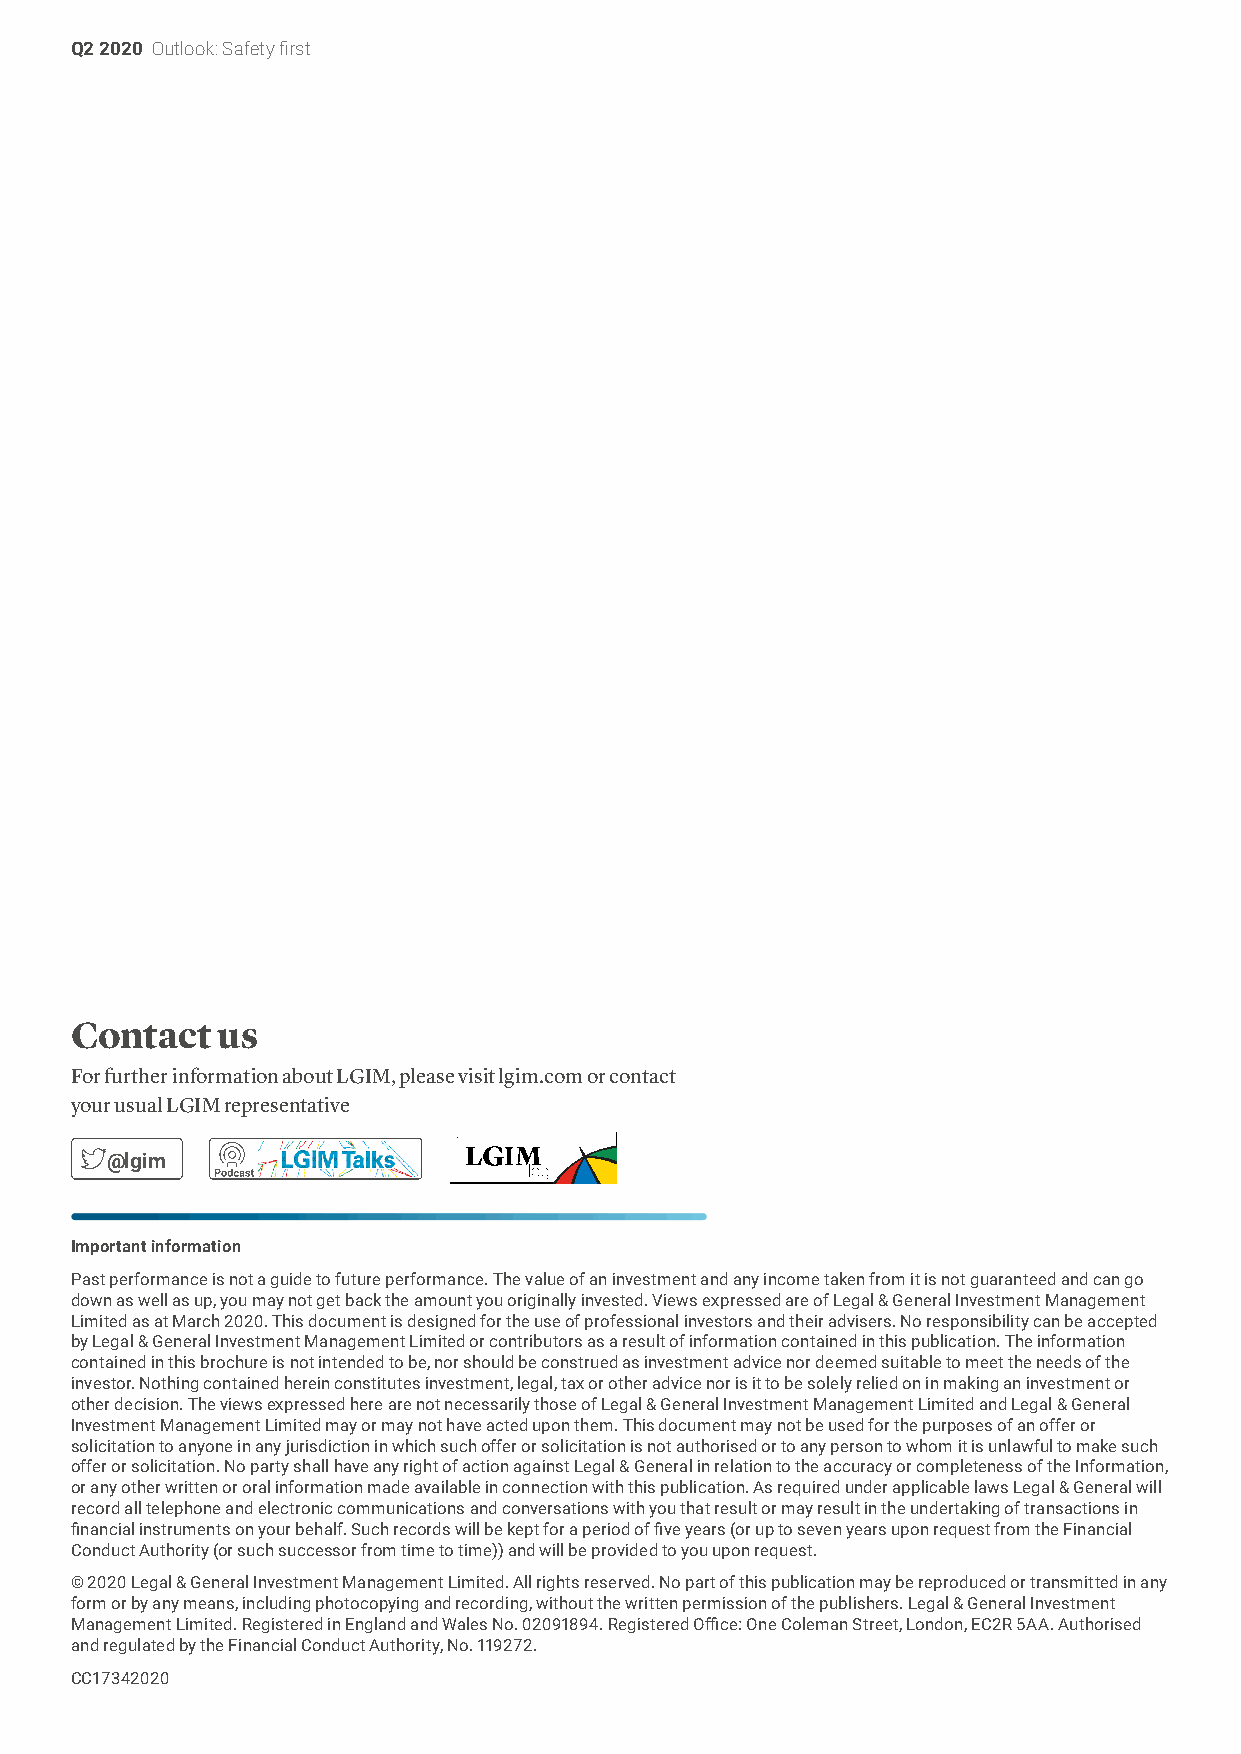
Q2 2020 Outlook: Safety first
 Contact  us
 For further information about LGIM, please visit lgim.com or contact
 your usual LGIM representative
 @lgim
 Important information
 Past performance is not a guide to future performance. The value of an investment and any income taken from it is not guaranteed and can go
 down as well as up, you may not get back the amount you originally invested. Views expressed are of Legal & General Investment Management
 Limited as at March 2020. This document is designed for the use of professional investors and their advisers. No responsibility can be accepted
 by Legal & General Investment Management Limited or contributors as a result of information contained in this publication. The information
 contained in this brochure is not intended to be, nor should be construed as investment advice nor deemed suitable to meet the needs of the
 investor. Nothing contained herein constitutes investment, legal, tax or other advice nor is it to be solely relied on in making an investment or
 other decision. The views expressed here are not necessarily those of Legal & General Investment Management Limited and Legal & General
 Investment Management Limited may or may not have acted upon them. This document may not be used for the purposes of an offer or
 solicitation to anyone in any jurisdiction in which such offer or solicitation is not authorised or to any person to whom it is unlawful to make such
 offer or solicitation. No party shall have any right of action against Legal & General in relation to the accuracy or completeness of the Information,
 or any other written or oral information made available in connection with this publication. As required under applicable laws Legal & General will
 record all telephone and electronic communications and conversations with you that result or may result in the undertaking of transactions in
 financial instruments on your behalf. Such records will be kept for a period of five years (or up to seven years upon request from the Financial
 Conduct Authority (or such successor from time to time)) and will be provided to you upon request.
 © 2020 Legal & General Investment Management Limited. All rights reserved. No part of this publication may be reproduced or transmitted in any
 form or by any means, including photocopying and recording, without the written permission of the publishers. Legal & General Investment
 Management Limited. Registered in England and Wales No. 02091894. Registered Office: One Coleman Street, London, EC2R 5AA. Authorised
 and regulated by the Financial Conduct Authority, No. 119272.
 CC17342020